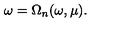
\omega = \Omega _ { n } ( \omega , \mu ) .